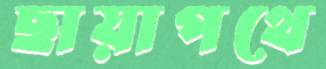
ছায়াপথে